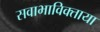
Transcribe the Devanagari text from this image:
सवाभाविक्ताया